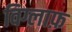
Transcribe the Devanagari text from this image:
विग्लाफ़